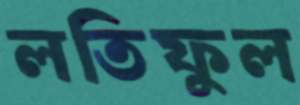
লতিফুল